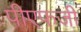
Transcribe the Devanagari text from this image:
पीएफजी